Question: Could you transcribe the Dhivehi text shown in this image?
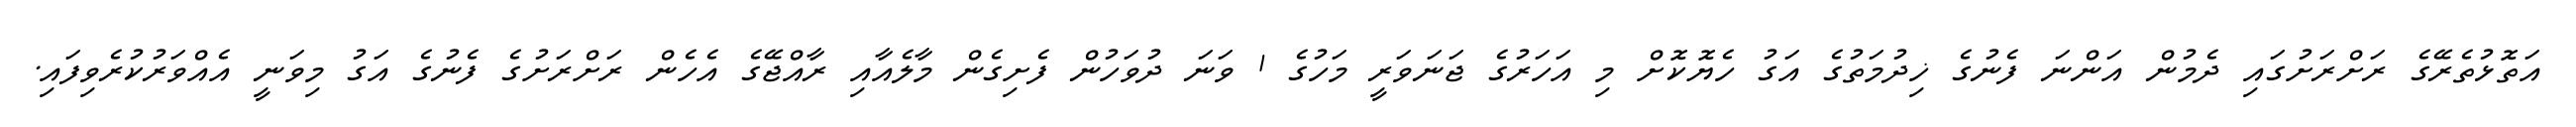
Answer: އަތޮޅުތެރޭގެ ރަށްރަށުގައި ދެމުން އަންނަ ފެނުގެ ޚިދުމަތުގެ އަގު ހެޔޮކޮށް މި އަހަރުގެ ޖަނަވަރީ މަހުގެ 1 ވަނަ ދުވަހުން ފެށިގެން މާލެއާއި ރާއްޖޭގެ އެހެން ރަށްރަށުގެ ފެނުގެ އަގު މިވަނީ އެއްވަރުކުރެވިފައި.